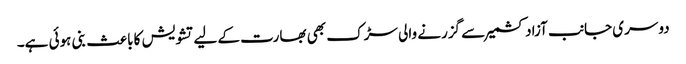
دوسری جانب آزاد کشمیر سے گزرنے والی سڑک بھی بھارت کے لیے تشویش کا باعث بنی ہوئی ہے۔